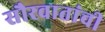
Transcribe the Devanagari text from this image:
सौरवातांची